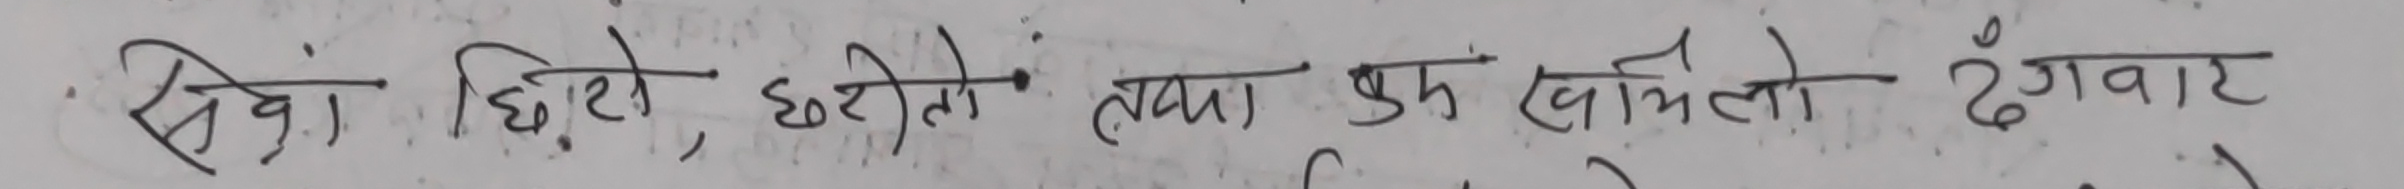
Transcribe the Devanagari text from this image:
सियों, घिरो, छरीतो तथा पुम्खमिलो ढंगबाट